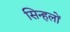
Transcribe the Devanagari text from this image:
सिन्हलों